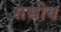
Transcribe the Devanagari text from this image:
सच्चीय